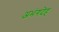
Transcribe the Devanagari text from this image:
अभंगदेह